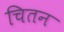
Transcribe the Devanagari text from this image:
चितन